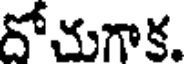
దోచుగాక.